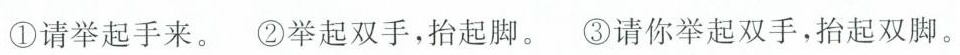
①请举起手来。②举起双手，抬起脚。③请你举起双手，抬起双脚。